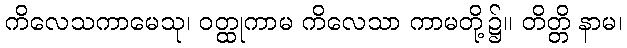
ကိလေသကာမေသု၊ ဝတ္ထုကာမ ကိလေသာ ကာမတို့၌။ တိတ္တိ နာမ၊